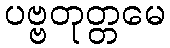
ပဗ္ဗတုတ္တမေ